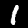
Label: 1